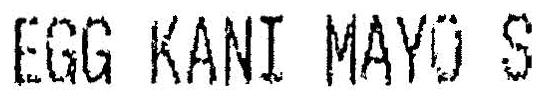
EGG KANI MAYO S